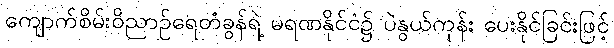
ကျောက်စိမ်းဝိညာဉ်ရေတံခွန်ရဲ့ မရဏနိုင်ငံ၌ ပဲနွယ်ကုန်း ပေးနိုင်ခြင်းဖြင့်